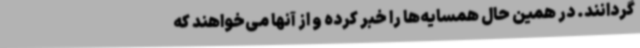
گردانند. در همین حال همسایه‌ها را خبر کرده و از آنها می‌خواهند که